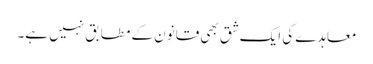
معاہدے کی ایک شق بھی قانون کے مطابق نہیں ہے۔